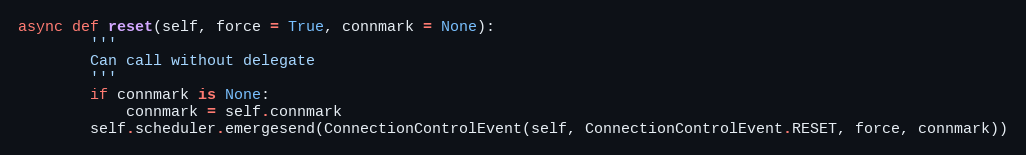
Language: Python
async def reset(self, force = True, connmark = None):
        '''
        Can call without delegate
        '''
        if connmark is None:
            connmark = self.connmark
        self.scheduler.emergesend(ConnectionControlEvent(self, ConnectionControlEvent.RESET, force, connmark))